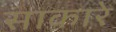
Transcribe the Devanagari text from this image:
साकारे